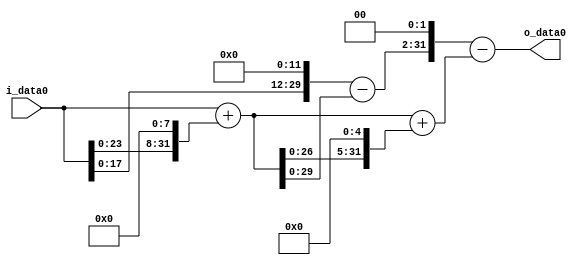
module multiplier_block (
    i_data0,
    o_data0
);

  // Port mode declarations:
  input   [31:0] i_data0;
  output  [31:0]
    o_data0;

  //Multipliers:

  wire [31:0]
    w1,
    w256,
    w257,
    w8224,
    w8481,
    w4096,
    w3839,
    w15356,
    w6875;

  assign w1 = i_data0;
  assign w15356 = w3839 << 2;
  assign w256 = w1 << 8;
  assign w257 = w1 + w256;
  assign w3839 = w4096 - w257;
  assign w4096 = w1 << 12;
  assign w6875 = w15356 - w8481;
  assign w8224 = w257 << 5;
  assign w8481 = w257 + w8224;

  assign o_data0 = w6875;

  //multiplier_block area estimate = 6935.54398370441;
endmodule